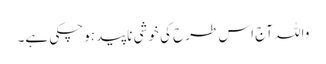
واللہ آج اس طرح کی خوشی ناپید ہوچکی ہے۔